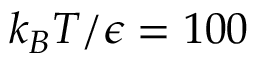
k _ { B } T / \epsilon = 1 0 0